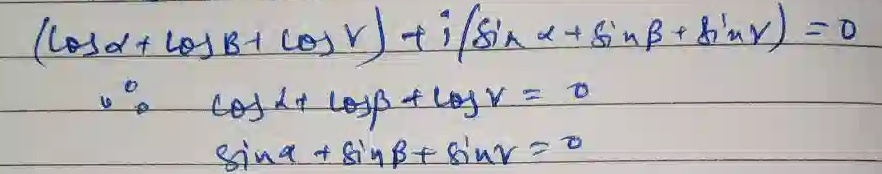
\begin{align*}
&(\cos\alpha+\cos\beta + \cos\gamma)+ i(\sin\alpha+\sin\beta+\sin\gamma)=0\\
\therefore\ &\cos\alpha+\cos\beta + \cos\gamma = 0\\
&\sin\alpha+\sin\beta+\sin\gamma=0
\end{align*}